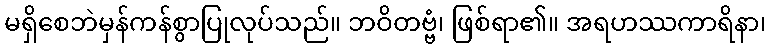
မရှိစေဘဲမှန်ကန်စွာပြုလုပ်သည်။ ဘဝိတဗ္ဗံ၊ ဖြစ်ရာ၏။ အရဟဿကာရိနာ၊